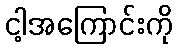
ငါ့အကြောင်းကို